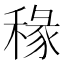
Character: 𫀿